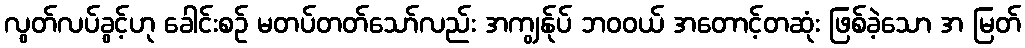
လွတ်လပ်ခွင့်ဟု ခေါင်းစဉ် မတပ်တတ်သော်လည်း အကျွန်ုပ် ဘဝဝယ် အတောင့်တဆုံး ဖြစ်ခဲ့သော အ မြတ်